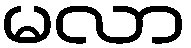
မလာ